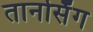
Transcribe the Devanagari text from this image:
तानसिँग